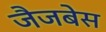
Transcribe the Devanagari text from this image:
जैजबेस